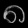
Digit: ၈